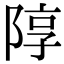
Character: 䧐